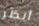
أنظر